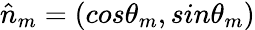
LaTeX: \hat{n}_{m}=(cos\theta_{m},sin\theta_{m})